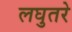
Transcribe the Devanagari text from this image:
लघुतरे